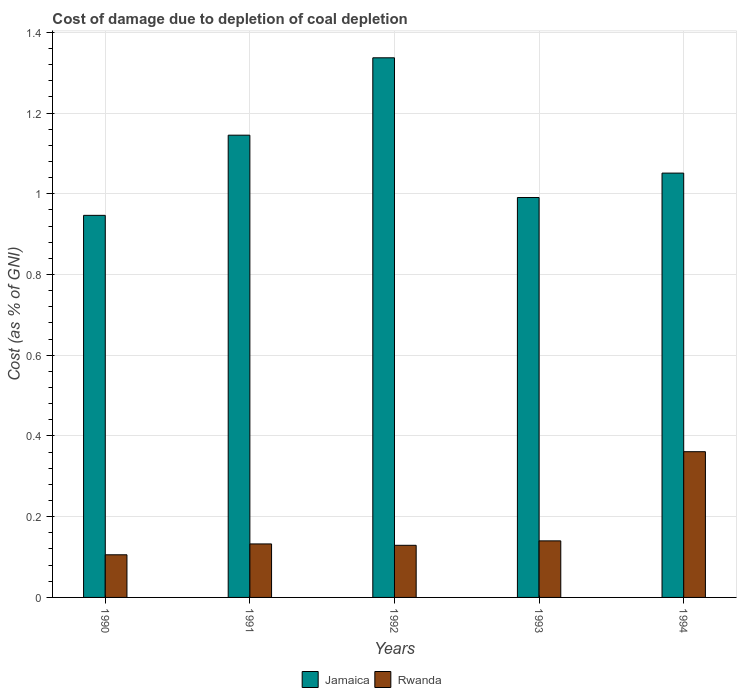
| Years | Jamaica | Rwanda |
 | --- | --- | --- |
 | 1990 | 0.947 | 0.106 |
 | 1991 | 1.15 | 0.133 |
 | 1992 | 1.34 | 0.129 |
 | 1993 | 0.991 | 0.14 |
 | 1994 | 1.05 | 0.361 |